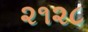
૨૧૨૮